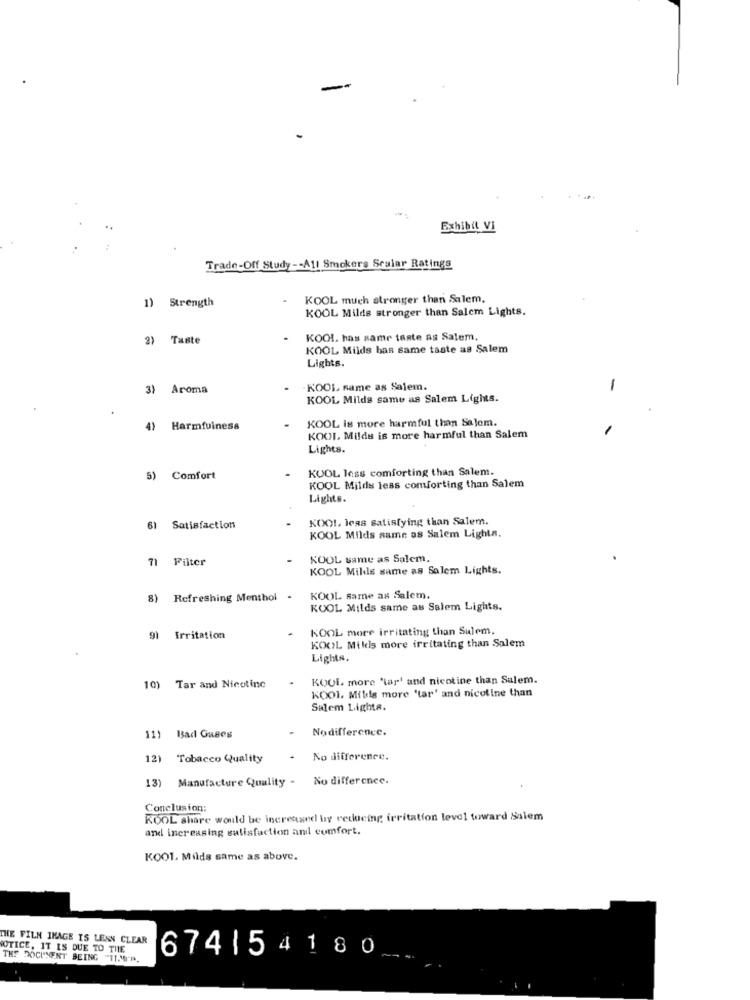
Exhibit Vi
Trade-Off Study -- All Smokers Sralar Ratings
KOOL much stronger than Salem,
1) Strength
KOOL Milds stronger than Salem Lights.
2) Taste
KOOL. has samr taste as Salem,
KOOL Milds has same taste as Salem
Lights.
3) Aroma
KOOL same as Salem.
-
KOOL Milds same as Salem Lights.
KOOL is more harmful than Salom.
4) Harmfulness
KOOL. Milds is more harmful than Salem
Lights.
KOOL less comforting than Salem.
5) Comfort
KOOL Milds less comforting than Salem
Lights.
KOOL leas Satisfying than Salem.
61 Satisfaction
KOOL Milds same as Salem Lights.
71 Filter
KOOL same as Salem.
KOOL Milds same as Salem Lights.
8) Refreshing Menthol
KOOL same as Salem.
KOOL Milds same as Salem Lights.
KOOL more irritating than Sulem,
91 Irritation
KOOL Milds more irritating than Salem
Lights.
KOOL, more 'tar' and nicotine than Salem.
10) Tar and Nicotine
KOOI. Milds more 'tar' and nicotine than
Salem Lights.
Nodifference.
11)
Bad Gases
12)
Tobacco Quality
.
No difference.
13)
Manufacture Quality -
No difference.
Conclusion:
KOOL share would be increased by reducing irritation level toward Salem
and increasing satisfaction and comfort.
KOO1. Milds same as above.
THE FILM IMAGE IS LESN CLEAR
NOTICE, IT IS DUE TO THE
674| 54180
THE DOCUMENT BEING "TI.MIP.